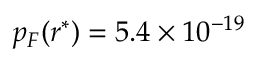
p _ { F } ( r ^ { * } ) = 5 . 4 \times 1 0 ^ { - 1 9 }